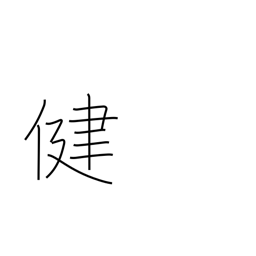
Meaning: healthy